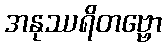
အနုဿရိတဗ္ဗော